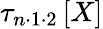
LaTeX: \tau_{n\cdot 1\cdot 2}\left[X\right]